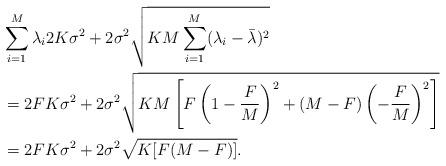
LaTeX: \begin{align*}&\sum_{i=1}^{M}\lambda_i2K\sigma^2+2\sigma^2\sqrt{KM\sum_{i=1}^{M}(\lambda_i-\bar{\lambda})^2} \\&=2FK\sigma^2+2\sigma^2\sqrt{KM\left[F\left(1-\frac{F}{M}\right)^2+(M-F)\left(-\frac{F}{M}\right)^2\right]} \\&=2FK\sigma^2+2\sigma^2\sqrt{K[F(M-F)]} .\end{align*}